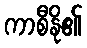
ကာစီနို၏